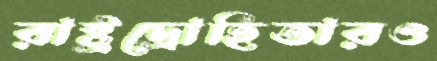
রাষ্ট্রদ্রোহিতারও